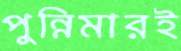
পুন্নিমারই